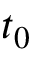
t _ { 0 }